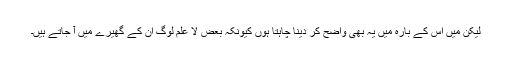
لیکن مَیں اس کے بارہ میں یہ بھی واضح کر دینا چاہتا ہوں کیونکہ بعض لا علم لوگ ان کے گھیرے میں آ جاتے ہیں۔